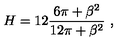
H = 1 2 \frac { 6 \pi + \beta ^ { 2 } } { 1 2 \pi + \beta ^ { 2 } } \ ,